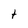
Character: t